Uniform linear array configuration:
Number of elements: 24
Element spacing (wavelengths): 0.25
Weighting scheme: cosine
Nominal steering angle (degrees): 30
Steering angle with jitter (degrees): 31.066
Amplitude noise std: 0.05
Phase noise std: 0.05

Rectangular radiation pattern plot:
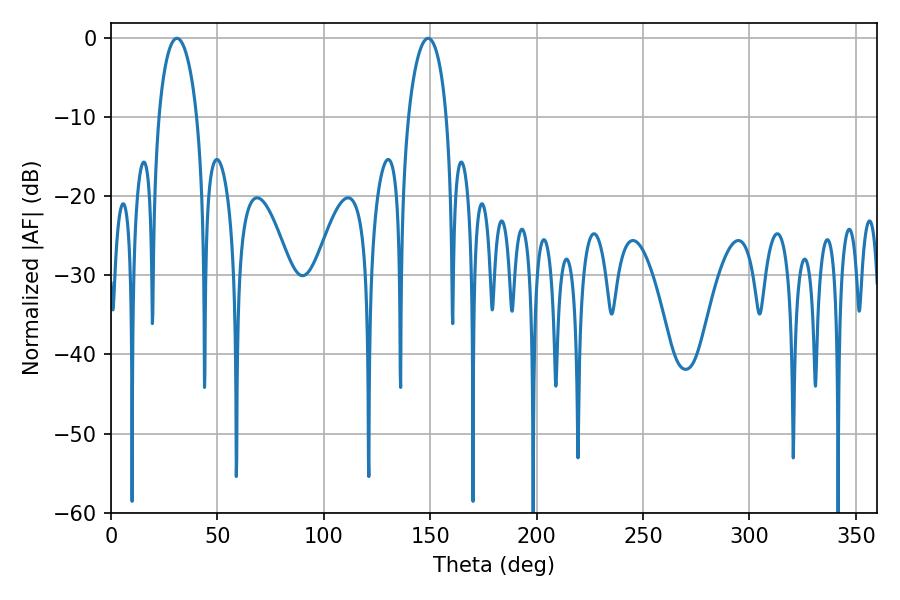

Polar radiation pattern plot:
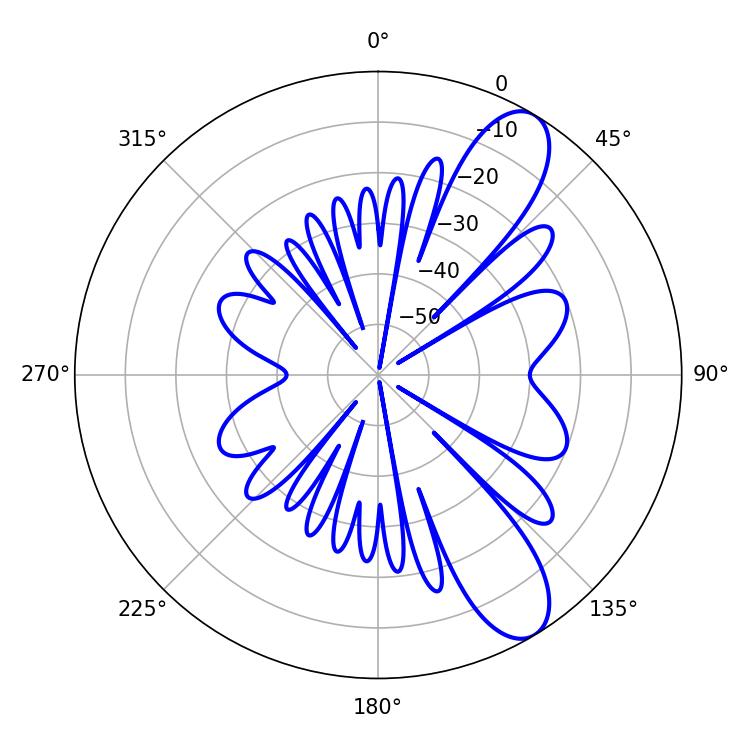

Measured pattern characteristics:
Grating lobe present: FALSE
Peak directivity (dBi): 9.945
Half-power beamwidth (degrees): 10.26
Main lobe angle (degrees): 30.96